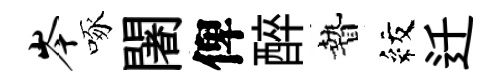
岑啄闍俾醉贄紋迁